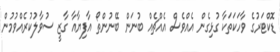
ޑޮކްޓަރުގެ ވާހަކަތަކާ ގުޅިގެން އެއްވެސް އެއްޗެއް ބުނަން ބޭނުންތޯ އާފިޔާއާ ގާޒީ ސުވާލުކުރެއްވުމުން